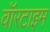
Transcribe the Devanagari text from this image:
वॉरटाइम